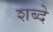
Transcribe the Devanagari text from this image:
शब्दे